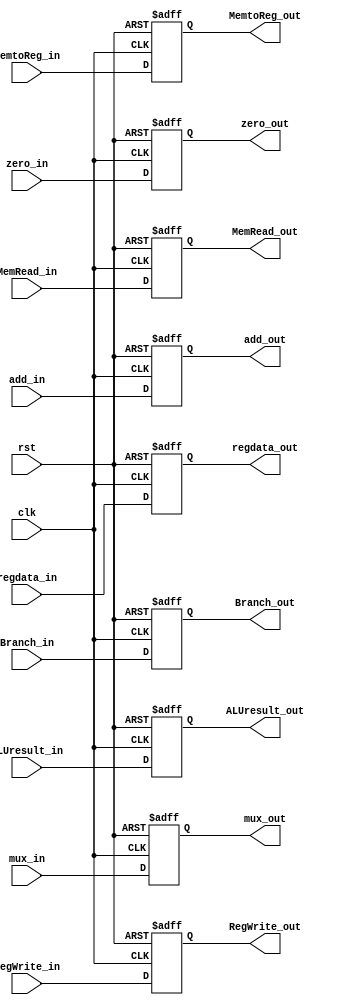
`timescale 1ns / 1ps
//////////////////////////////////////////////////////////////////////////////////
// Company: 
// Engineer: 
// 
// Design Name: 
// Module Name:    EXMEM 
// Project Name: 
// Target Devices: 
// Tool versions: 
// Description: 
//
// Dependencies: 
//
// Revision: 
// Revision 0.01 - File Created
// Additional Comments: 
//
//////////////////////////////////////////////////////////////////////////////////
module EXMEM(clk, rst,RegWrite_in,RegWrite_out,
				 MemtoReg_in,MemtoReg_out,
				 MemRead_in,MemRead_out,
				 Branch_in,Branch_out,
				 ALUresult_in,ALUresult_out,regdata_in,regdata_out,
				 zero_in,zero_out,add_in,add_out,mux_in,mux_out
				 );
	parameter WORD_SIZE = 32 ; 
	/*
	wire EX_RegWrite;
	wire EX_MemtoReg;
	wire EX_Branch;
	wire EX_MemRead;
	wire EX_alu_zero;
	wire [4:0] EX_mux_RegDst_result;
	wire [31:0] EX_ALU_result;
	wire [31:0] EX_register_ReadData2;
	wire [31:0] EX_AddALU_result;
*/
	input wire clk;
	input wire  rst;
	input wire RegWrite_in;
	output reg RegWrite_out;
	input wire MemtoReg_in;
	output reg MemtoReg_out;
	input wire MemRead_in;
	output reg MemRead_out;
	input wire Branch_in;
	output reg Branch_out;
	input wire [WORD_SIZE - 1:0] ALUresult_in;
	output reg [WORD_SIZE - 1:0] ALUresult_out;
	input wire [WORD_SIZE - 1:0]regdata_in;
	output reg[WORD_SIZE - 1:0]regdata_out;
	input wire zero_in;
	output reg zero_out;
	input wire [WORD_SIZE - 1:0] add_in;
	output reg [WORD_SIZE - 1:0]add_out;
	input wire [4:0] mux_in;
	output reg [4:0]mux_out;

always @ (posedge rst or posedge clk ) begin
	if ( rst ) begin

		RegWrite_out<= {1 {1'b0} };
		MemtoReg_out<= {1 {1'b0} };
		MemRead_out<= {1 {1'b0} };
		Branch_out<= {1 {1'b0} };
		ALUresult_out<= { WORD_SIZE {1'b0} };
		regdata_out<= { WORD_SIZE {1'b0} };
		zero_out <= {1 {1'b0} };
		add_out <= { WORD_SIZE {1'b0} };
		mux_out<= { 5{1'b0} };
	end else if ( clk ) begin
	RegWrite_out <= RegWrite_in ;
	MemtoReg_out <= MemtoReg_in;
	MemRead_out <= MemRead_in;
	Branch_out <= Branch_in;
	ALUresult_out <= ALUresult_in;
	regdata_out <= regdata_in;
	zero_out <= zero_in;
	add_out <= add_in;
	mux_out <= mux_in;

	end
end
endmodule